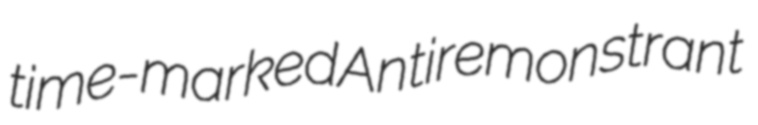
time-marked Antiremonstrant